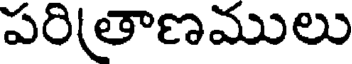
పరి(తాణములు